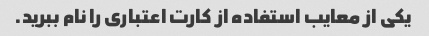
یکی از معایب استفاده از کارت اعتباری را نام ببرید.